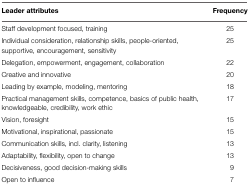
<table><thead><tr><td><b>Leader attributes</b></td><td><b>Frequency</b></td></tr></thead><tbody><tr><td>Staff development focused, training</td><td>25</td></tr><tr><td>Individual consideration, relationship skills, people-oriented, supportive, encouragement, sensitivity</td><td>25</td></tr><tr><td>Delegation, empowerment, engagement, collaboration</td><td>22</td></tr><tr><td>Creative and innovative</td><td>20</td></tr><tr><td>Leading by example, modeling, mentoring</td><td>18</td></tr><tr><td>Practical management skills, competence, basics of public health, knowledgeable, credibility, work ethic</td><td>17</td></tr><tr><td>Vision, foresight</td><td>15</td></tr><tr><td>Motivational, inspirational, passionate</td><td>15</td></tr><tr><td>Communication skills, incl. clarity, listening</td><td>13</td></tr><tr><td>Adaptability, flexibility, open to change</td><td>13</td></tr><tr><td>Decisiveness, good decision-making skills</td><td>9</td></tr><tr><td>Open to influence</td><td>7</td></tr></tbody></table>